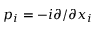
p _ { i } = - { i } \partial / \partial x _ { i }